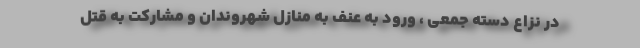
در نزاع دسته جمعی ، ورود به عنف به منازل شهروندان و مشارکت به قتل